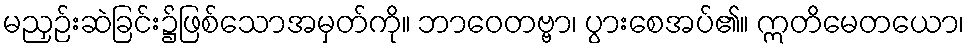
မညှဉ်းဆဲခြင်း၌ဖြစ်သောအမှတ်ကို။ ဘာဝေတဗ္ဗာ၊ ပွားစေအပ်၏။ ဣတိမေတယော၊